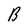
Character: B